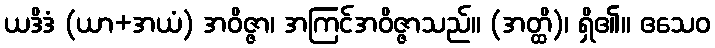
ယဒိဒံ (ယာ+အယံ) အဝိဇ္ဇာ၊ အကြင်အဝိဇ္ဇာသည်။ (အတ္ထိ)၊ ရှိ၏။ ဧသေဝ